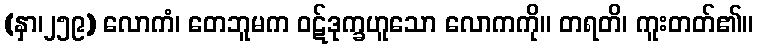
(နှာ၊၂၅၉) လောကံ၊ တေဘူမက ဝဋ်ဒုက္ခဟူသော လောကကို။ တရတိ၊ ကူးတတ်၏။